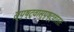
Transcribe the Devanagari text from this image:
स्पृष्ट्वास्पृष्ट्वाततः